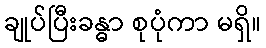
ချုပ်ပြီးခန္ဓာ စုပုံကာ မရှိ။